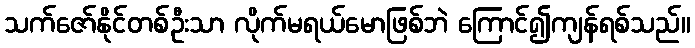
သက်ဇော်နိုင်တစ်ဦးသာ လိုက်မရယ်မောဖြစ်ဘဲ ကြောင်၍ကျန်ရစ်သည်။